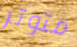
متوتر